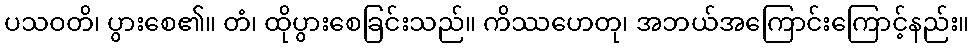
ပသဝတိ၊ ပွားစေ၏။ တံ၊ ထိုပွားစေခြင်းသည်။ ကိဿဟေတု၊ အဘယ်အကြောင်းကြောင့်နည်း။